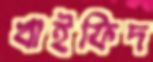
খাইফিদ